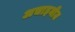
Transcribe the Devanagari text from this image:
अचाइनीज